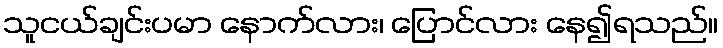
သူငယ်ချင်းပမာ နောက်လား၊ ပြောင်လား နေ၍ရသည်။